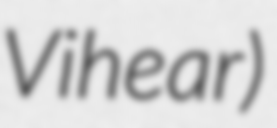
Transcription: Vihear)